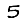
Digit: 5